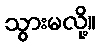
သွားမလို့။